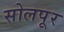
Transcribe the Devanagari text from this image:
सोलपूर